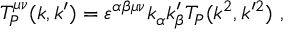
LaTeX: T _ { P } ^ { \mu \nu } ( k , k ^ { \prime } ) = \varepsilon ^ { \alpha \beta \mu \nu } k _ { \alpha } k _ { \beta } ^ { \prime } T _ { P } ( k ^ { 2 } , k ^ { \prime 2 } ) ~ ,